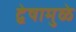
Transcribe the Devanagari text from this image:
द्वेषामुळे